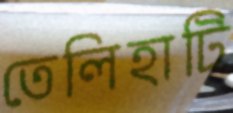
তেলিহাটি